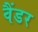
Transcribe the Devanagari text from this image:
वैंडर